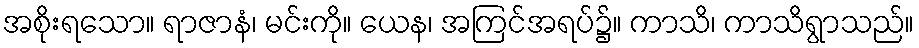
အစိုးရသော။ ရာဇာနံ၊ မင်းကို။ ယေန၊ အကြင်အရပ်၌။ ကာသိ၊ ကာသိရွာသည်။